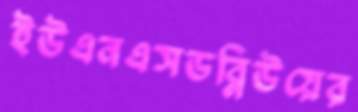
ইউএনএসডব্লিউয়ের